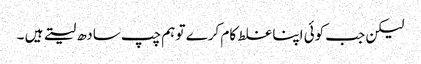
لیکن جب کوئی اپنا غلط کام کرے تو ہم چپ سادھ لیتے ہیں ۔